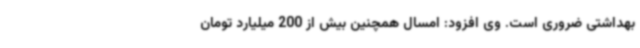
بهداشتی ضروری است. وی افزود: امسال همچنین بیش از 200 میلیارد تومان